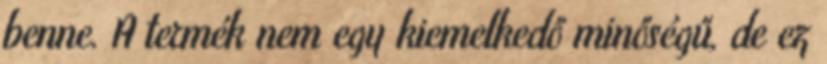
benne. A termék nem egy kiemelkedő minőségű, de ez